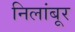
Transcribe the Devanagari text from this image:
निलांबूर